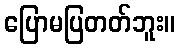
ပြောမပြတတ်ဘူး။